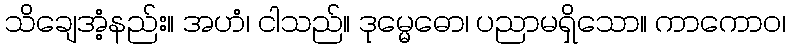
သိချေအံ့နည်း။ အဟံ၊ ငါသည်။ ဒုမ္မေဓော၊ ပညာမရှိသော။ ကာကောဝ၊